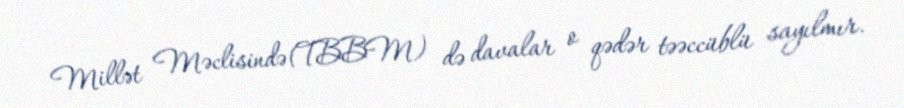
Millət Məclisində(TBBM) də davalar o qədər təəccüblü sayılmır.